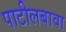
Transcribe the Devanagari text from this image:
पाटीलबावा